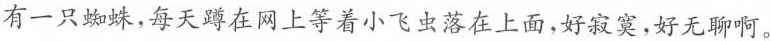
有一只蜘蛛，每天蹲在网上等着小飞虫落在上面，好寂寞，好无聊啊。